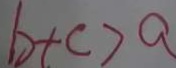
b + c > a